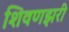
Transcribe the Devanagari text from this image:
शिवणझरी